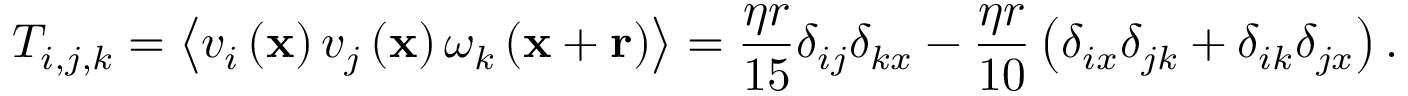
T _ { i , j , k } = \left\langle v _ { i } \left( \mathbf { x } \right) v _ { j } \left( \mathbf { x } \right) \omega _ { k } \left( \mathbf { x } + \mathbf { r } \right) \right\rangle = \frac { \eta r } { 1 5 } \delta _ { i j } \delta _ { k x } - \frac { \eta r } { 1 0 } \left( \delta _ { i x } \delta _ { j k } + \delta _ { i k } \delta _ { j x } \right) .